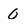
Character: 0